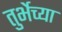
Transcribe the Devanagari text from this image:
तुर्भेच्या